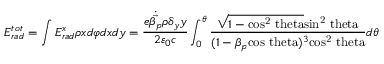
E _ { r a d } ^ { t o t } = \int E _ { r a d } ^ { x } \rho x d \varphi d x d y = \frac { e \dot { \vec { \beta _ { p } } } \rho \delta _ { y } y } { 2 \varepsilon _ { 0 } c } \int _ { 0 } ^ { \theta } \frac { \sqrt { 1 - \mathrm { c o s ^ { 2 } \ t h e t a } } \mathrm { s i n ^ { 2 } \ t h e t a } } { ( 1 - \beta _ { p } \mathrm { c o s \ t h e t a } ) ^ { 3 } \mathrm { c o s ^ { 2 } \ t h e t a } } d \theta